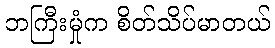
ဘကြီးမှုံက စိတ်သိပ်မာတယ်